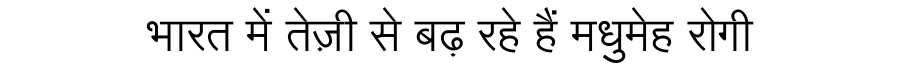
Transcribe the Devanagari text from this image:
भारत में तेज़ी से बढ़ रहे हैं मधुमेह रोगी